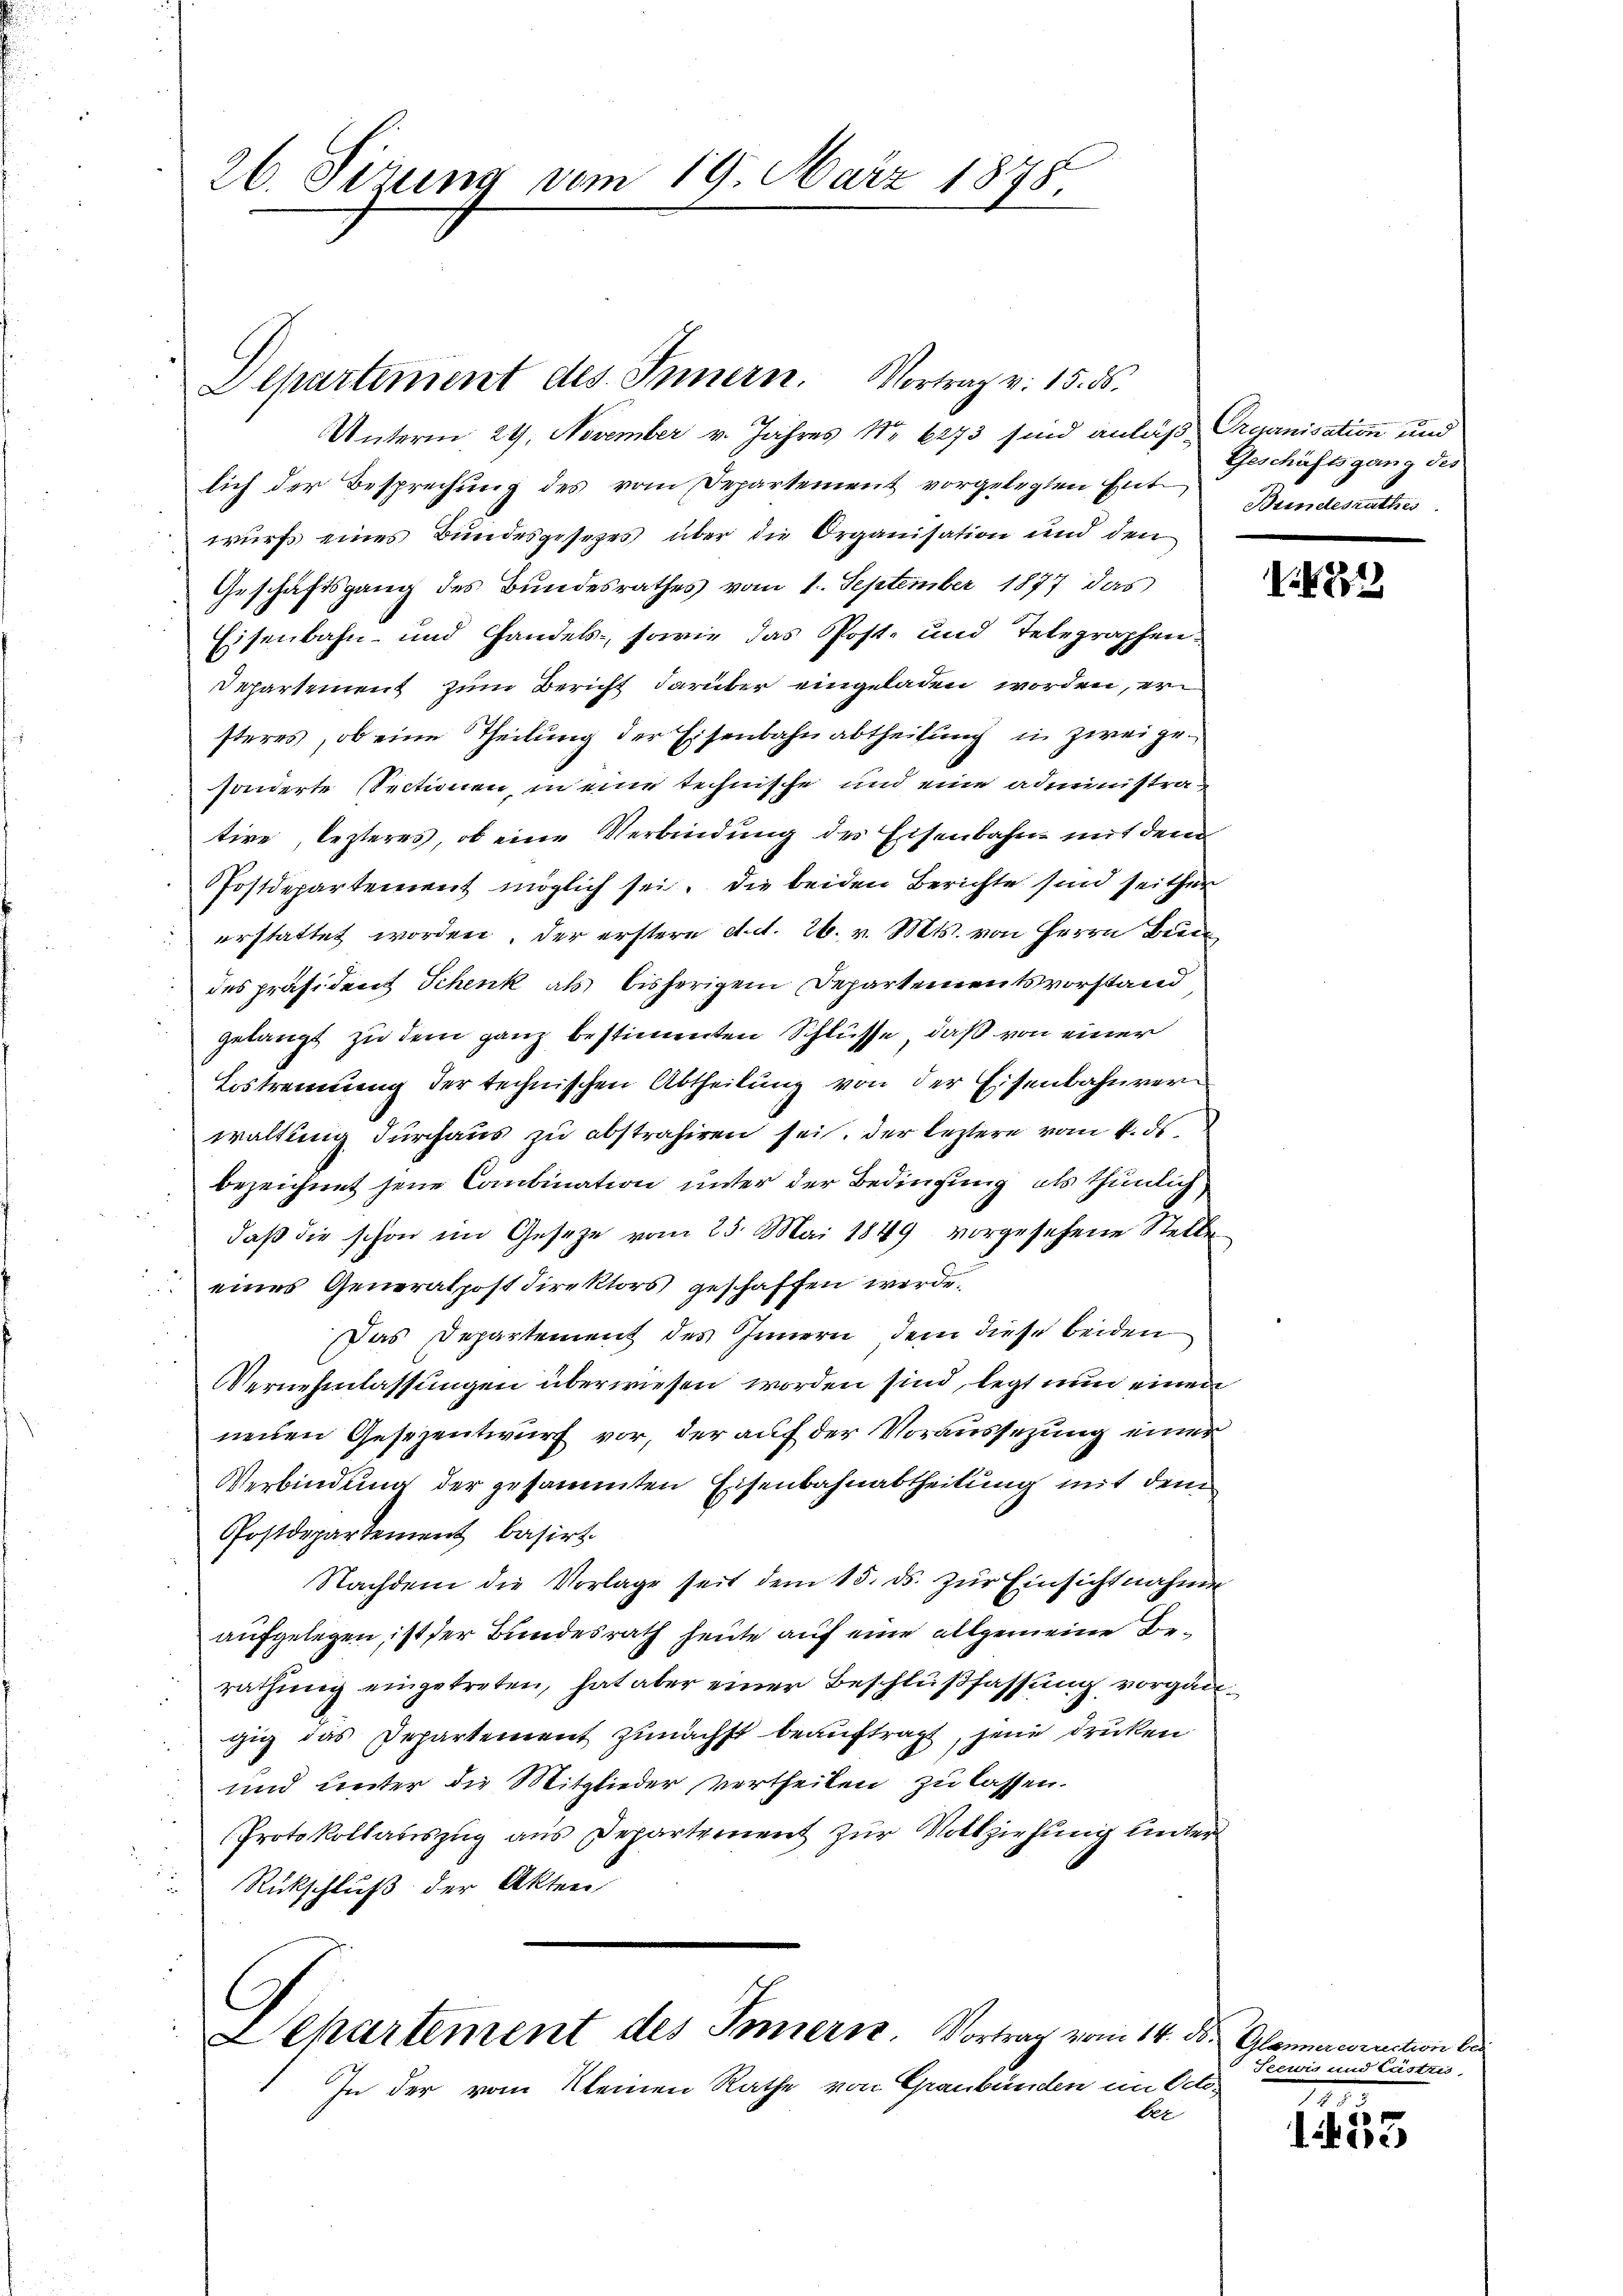
26. Sirung vom 19. März 1878.

Unterm 29. November v. Jahres Nr 6273 sind anläß Prejanisation und
lich der Besprechung des vom Departement vorgelegten Ent-Bundesrathes
wurf eines Bundesgesetzes über die Organisation und den
Geschäftsgang des Bundesrathes vom 1. September 1877 das
Eisenbahn- und Handels- sowie das Post- und Telegraphen¬
Departement zum Bericht darüber eingeladen worden, er
steres, ob eine Theilung der Eisenbahnabtheilung in Zweigesonderte Sectionen, in eine technische und eine administratire, lezteres, ob eine Verbindung des Eisenbahn mit dem
Postdepartement möglich sei. Die beiden Berichte sind seither
erstattet worden, der erstere d.d. 26. v. Mts. von Herrn Bied
des präsident Schenk als bisherigem Departementsvorstand
gelangt zu dem ganz bestimmten Schlüsse, daß von einer
Eistrennung der technischen Abtheilung von der Eisenbahnverwaltung durchaus zu abstrahiren sei. Der leztere vom 4. ds.
bezeichnet jene Combination unter der Bedingung als thunlich
daß die schon im Gesetze vom 25. Mai 1849 vorgesehene Stelle
eines Generalpost direktors geschaffen werde.
Das Departement des Innern, dem diese beiden
Vernehmlassungen überwiesen worden sind, legt nun einen
neuen Gesezentwurf vor, der auf der Voraussezung einer
Verbindung der gesammten Eisenbahnabtheilung mit dem
Postdepartement basirt.
Nachdem die Vorlage seit dem 15. ds. zŭr Einsichtnahme
aufgelegen ist der Bundesrath heute auf eine allgemeine Berathŭng eingetreten, hat aber einer Beschlŭβfassŭng vorgan
gig das Departement zunächst beauftragt, jene drücken
4
und unter die Mitglieder vertheilen zu lassen.
Protokollauszug aus Departement zur Nothziehung unter
 Rückschluß der Akten

Departement des Innern. Vortrag v. 15. ds.

epartement des Innern. Vortrag vom 14. ds. Glannacorrection be
In der vom Kleinen Rathe von Graubünden im Octo

ber

Geschäftsgang des

A

. 422

Seewis und Austri

g
d
1er